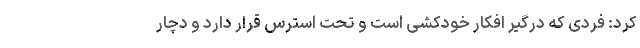
کرد: فردی که درگیر افکار خودکشی است و تحت استرس قرار دارد و دچار